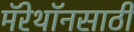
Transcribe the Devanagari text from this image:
मॅरेथॉनसाठी